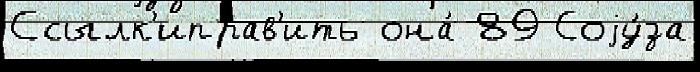
Ссылк'иправ'ить она́ 89 Соjу́за